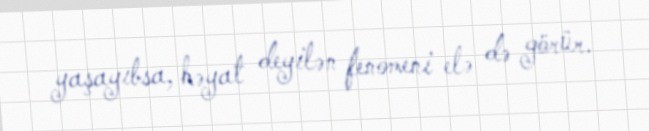
yaşayıbsa, həyat deyilən fenomeni elə də görür.